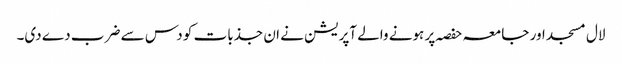
لال مسجد اور جامعہ حفصہ پر ہونے والے آپریشن نے ان جذبات کو دس سے ضرب دے دی۔